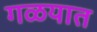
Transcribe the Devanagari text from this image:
गळयात